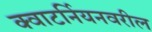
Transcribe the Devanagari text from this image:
क्वाटर्नियनवरील